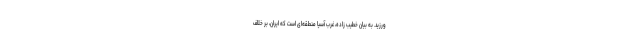
ورزید. به بیان خطیب زاده، غرب آسیا منطقه‌ای است که ایران، بر خلاف